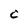
Character: C